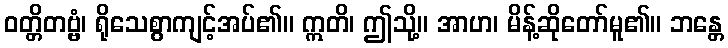
ဝတ္တိတဗ္ဗံ၊ ရိုသေစွာကျင့်အပ်၏။ ဣတိ၊ ဤသို့။ အာဟ၊ မိန့်ဆိုတော်မူ၏။ ဘန္တေ